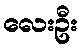
လေးဦး